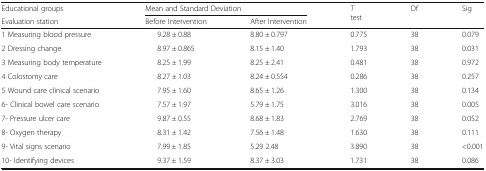
| Educational groups | <COLSPAN=2> Mean and Standard Deviation | <ROWSPAN=2> T test | <ROWSPAN=2> Df | <ROWSPAN=2> Sig |
 | Evaluation station | Before Intervention | After Intervention |
 | --- | --- | --- | --- | --- | --- |
 | 1 Measuring blood pressure | 9.28 ± 0.88 | 8.80 ± 0.797 | 0.775 | 38 | 0.079 |
 | 2 Dressing change | 8.97 ± 0.865 | 8.15 ± 1.40 | 1.793 | 38 | 0.031 |
 | 3 Measuring body temperature | 8.25 ± 1.99 | 8.25 ± 2.41 | 0.481 | 38 | 0.972 |
 | 4 Colostomy care | 8.27 ± 1.03 | 8.24 ± 0.554 | 0.286 | 38 | 0.257 |
 | 5 Wound care clinical scenario | 7.95 ± 1.60 | 8.65 ± 1.26 | 1.300 | 38 | 0.134 |
 | 6- Clinical bowel care scenario | 7.57 ± 1.97 | 5.79 ± 1.75 | 3.016 | 38 | 0.005 |
 | 7- Pressure ulcer care | 9.87 ± 0.55 | 8.68 ± 1.83 | 2.769 | 38 | 0.052 |
 | 8- Oxygen therapy | 8.31 ± 1.42 | 7.56 ± 1.48 | 1.630 | 38 | 0.111 |
 | 9- Vital signs scenario | 7.99 ± 1.85 | 5.29 2.48 | 3.890 | 38 | <0.001 |
 | 10- Identifying devices | 9.37 ± 1.59 | 8.37 ± 3.03 | 1.731 | 38 | 0.086 |